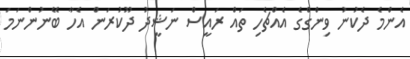
އެންމެ ދެކުނު ވިންގްގެ އެއްޗެހި ތައް ރައީސް ނަޝީދު ދޫކުރަން އެހާ ބޭނުންނަމަ